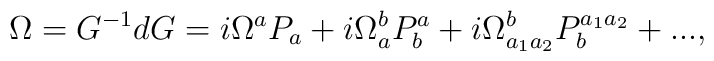
\Omega=G^{-1}dG=i\Omega^aP_a+i\Omega_a^bP_b^a+i\Omega_{a_1a_2}^bP_b^{a_1a_2}+... ,